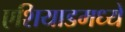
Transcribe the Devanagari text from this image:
एशियाडमध्ये